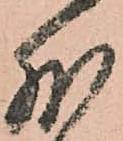
外